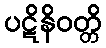
ပဋိနိဝတ္တိ